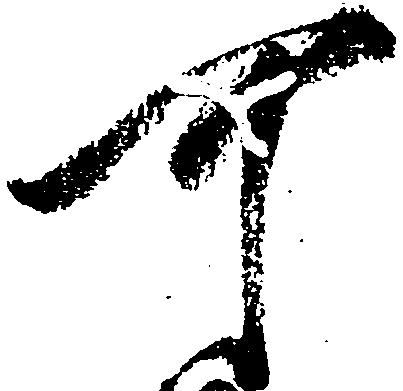
可